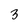
Character: 3